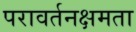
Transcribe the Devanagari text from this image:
परावर्तनक्षमता